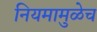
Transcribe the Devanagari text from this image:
नियमामुळेच